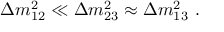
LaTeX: \Delta m _ { 1 2 } ^ { 2 } \ll \Delta m _ { 2 3 } ^ { 2 } \approx \Delta m _ { 1 3 } ^ { 2 } ~ .